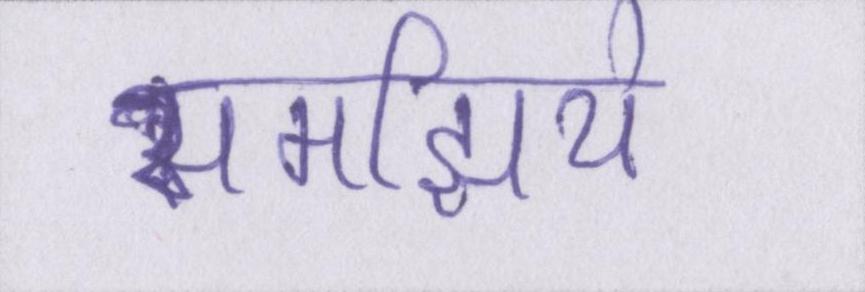
समझिये